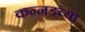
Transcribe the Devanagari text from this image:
कन्‍नडच्या